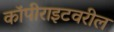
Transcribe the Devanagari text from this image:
कॉपीराइटवरील